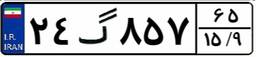
۲۴گ۸۵۷۶۵